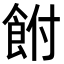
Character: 𩚭